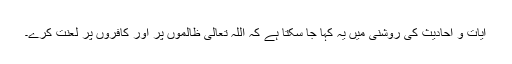
آیات و احادیث کی روشنی میں یہ کہا جا سکتا ہے کہ اللہ تعالیٰ ظالموں پر اور کافروں پر لعنت کرے۔